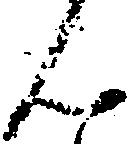
ん